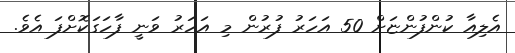
އެލިއާ ކުންފުންޏަށް 50 އަހަރު ފުރުން މި އަހަރު ވަނީ ފާހަގަކޮށްފަ އެވެ.